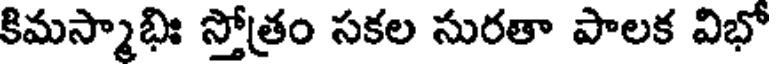
కిమస్మాభిః స్తోత్రం సకల సురతా పాలక విభో